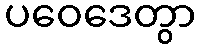
ပဝေဒေတွာ